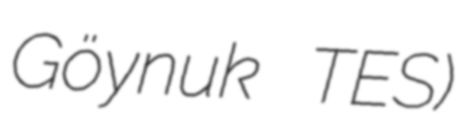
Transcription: Göynuk TES)